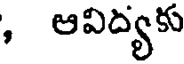
, ఆవిద్యకు